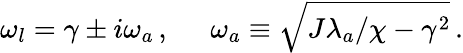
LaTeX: \omega_{l}=\gamma\pm i\omega_{a}\, ,\; \; \; \; \; \omega_{a}\equiv\sqrt{J\lambda_{a}/\chi-\gamma^{2}}\, .